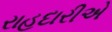
રાહદારીએ